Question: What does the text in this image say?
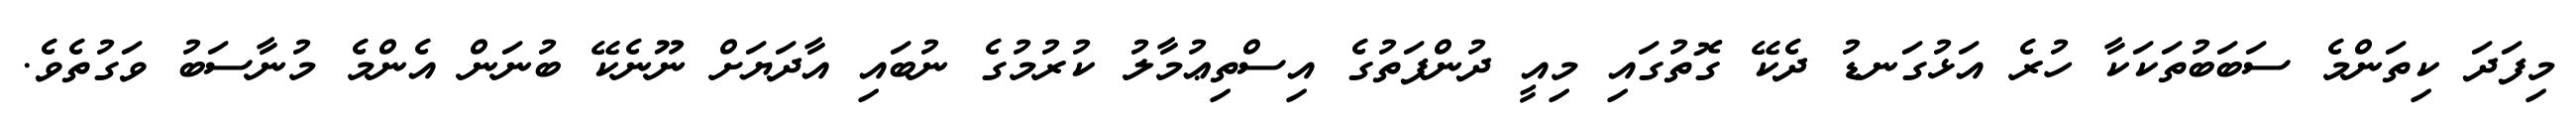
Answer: މިފަދަ ކިތަންމެ ސަބަބުތަކަކާ ހުރެ އަޅުގަނޑު ދެކޭ ގޮތުގައި މިއީ ދުންފަތުގެ އިސްތިޢުމާލު ކުރުމުގެ ނުބައި އާދަޔަށް ނޫނެކޭ ބުނަން އެންމެ މުނާސަބު ވަގުތެވެ.